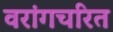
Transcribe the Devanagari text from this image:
वरांगचरित